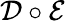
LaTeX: \mathcal D\circ\mathcal E